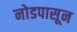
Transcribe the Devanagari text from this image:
नोडपासून